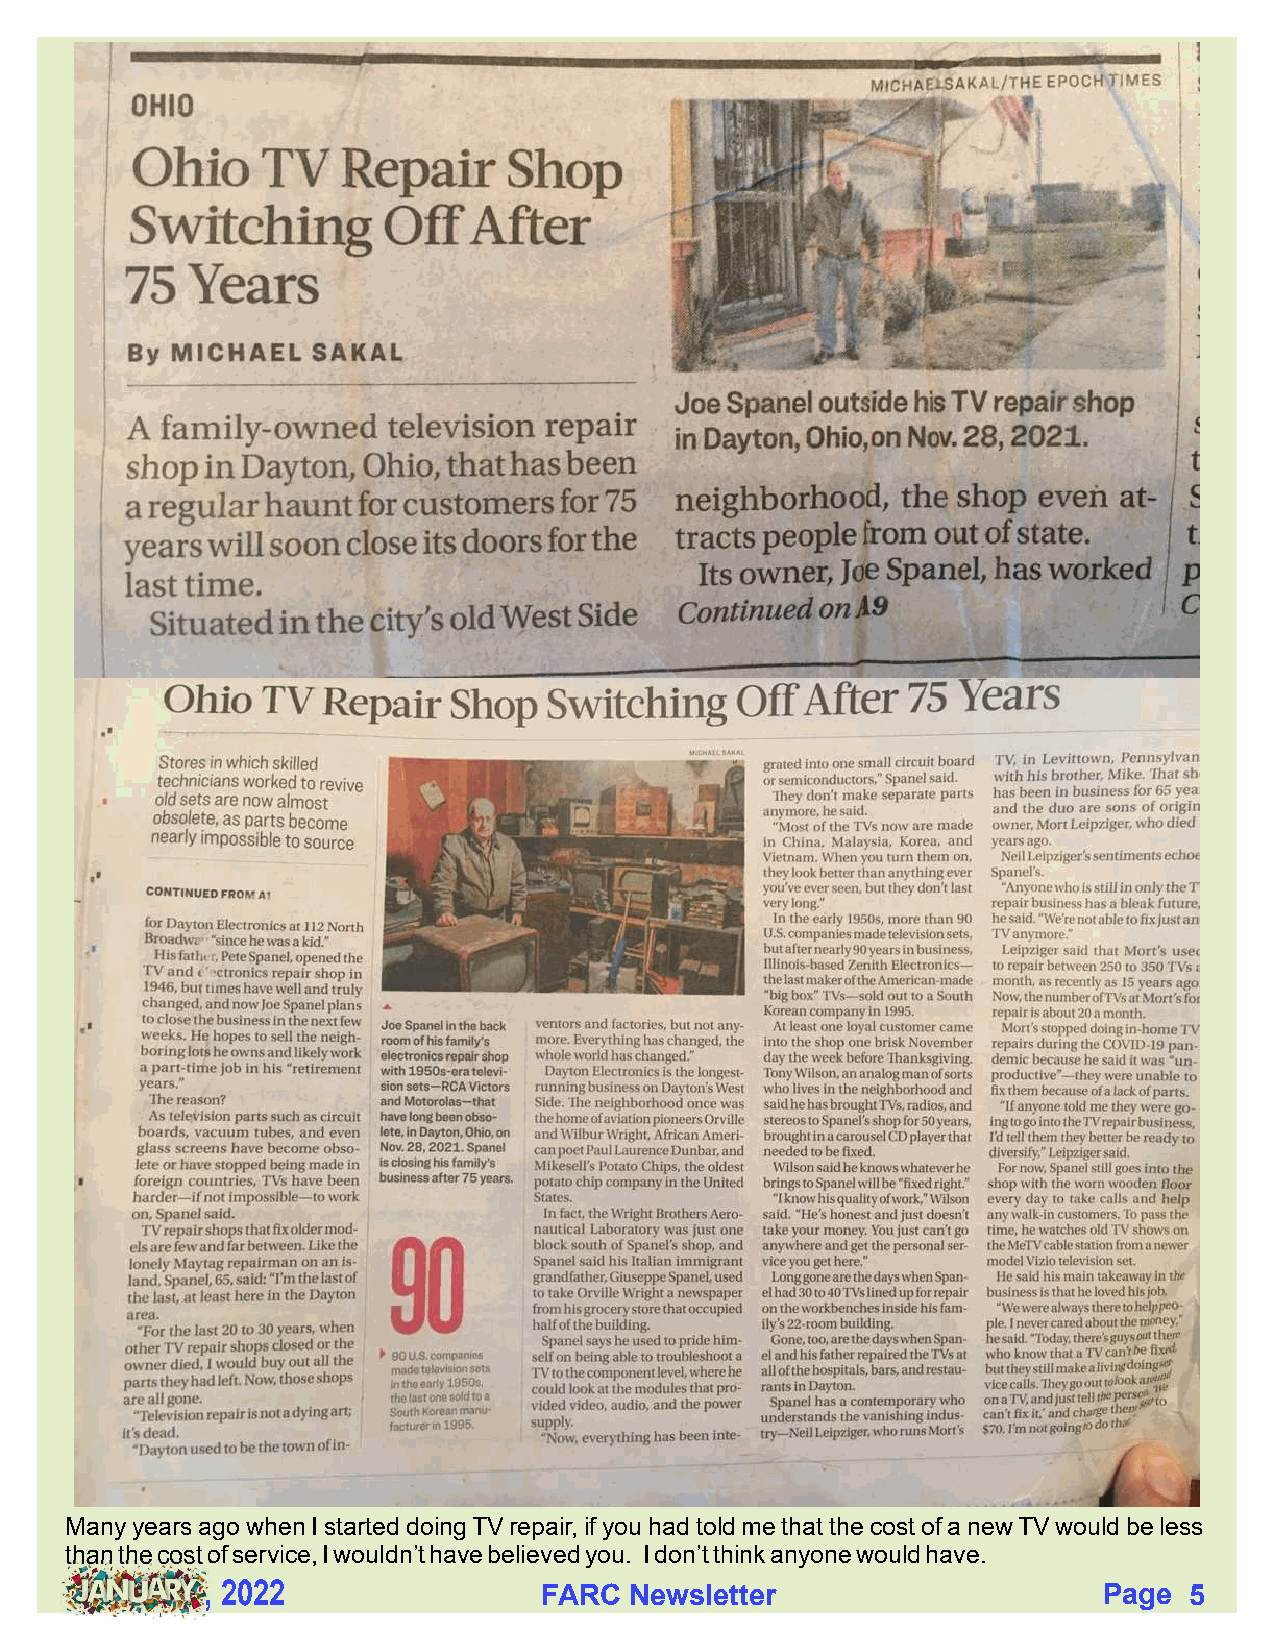
Many years ago when I started doing TV repair, if you had told me that the cost of a new TV would be less
 than the cost of service, I wouldn’t have believed you. I don’t think anyone would have.
 , 2022                FARC  Newsletter                     Page  5